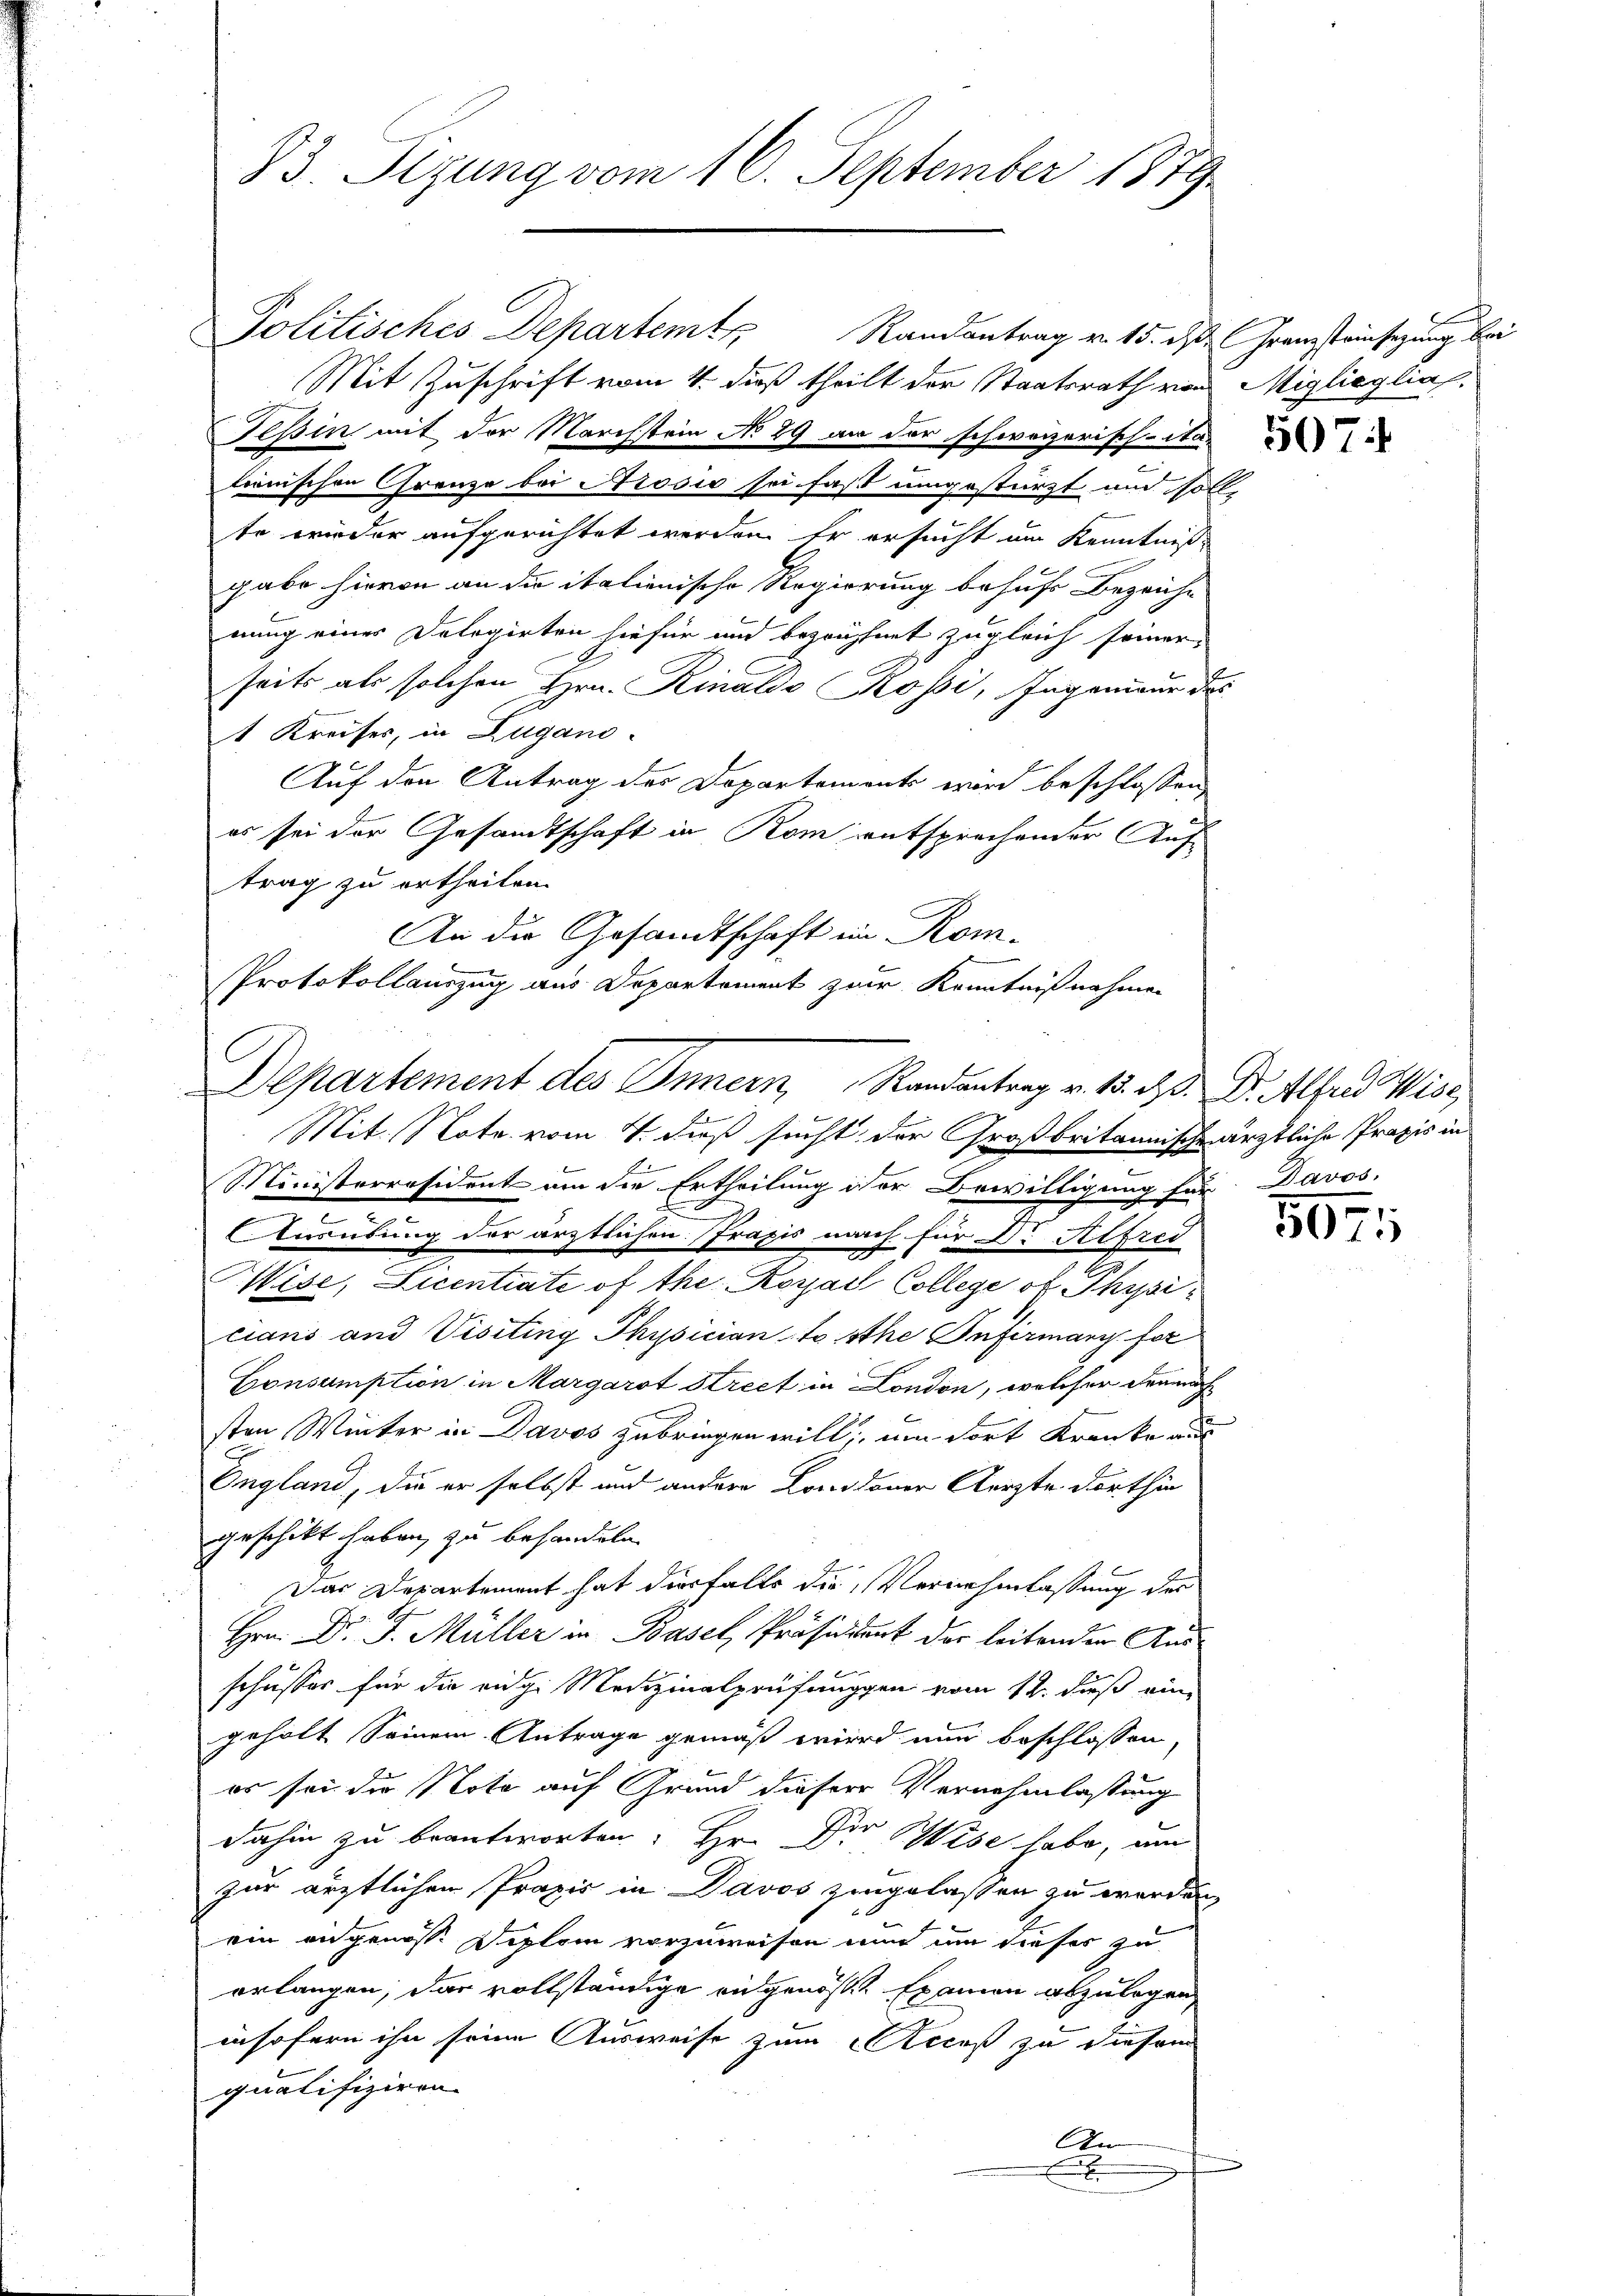
Politisches Departemt Randantrag v. 15. des Franzsteinsezung bei
Mit Zuschrift vom 4. dieß theilt der Staatsrath von Migliaglia
Tessin mit der Marchstein No 29 an der schweizerisch-Sta-
lienischen Grenze bei Arosis sei fast umgestürzt und solle
te wieder aufgerichtet werden. Er ersucht um Kenntniß
gabe hievon an die italienische Regierung behufs Bezeiche
nung einer Delegirten hiefür und bezeichnet zugleich seiner
seits als solchen Hrn. Rinaldo Kossi, Ingenieur des
 Kreises, in Lugano.
Auf den Antrag des Departement wird beschlossen,
es sei der Gesandtschaft in Rom entsprechender Auf-
trag zu ertheilen.
An die Gesandtschaft im Kom¬
Mit. Note vom 4. dieß sucht der Großbritannische ärztliche Praxis in
Ministerräsident um die Ertheilung der Bewilligung für Davos,
.
Ausübung der ärztlichen Praxis nach für Dr. Alfred
Wäse, Licentiate of the Royal College of Physi
cians und Visiting Physician, so sche Infirmany fer
Consumption in Margarst Street in London, welcher dramach
sten Winter in Davos zubringen will, um dort Kranke aus
England, die er selbst und andere Londoner Aerzte dorthin
geschickt haben, zu behandeln.
Das Departement hat diesfalls die Vernehmlassung der
Hrn. Dr. J. Müller in Basel, Präsident der leitenden Ausschusses für die eidg. Medizinalprüfungen vom 12. daß ein-
geholt seinem Antrage gemäß wird nun beschlossen
er sei die Nota auf Grund dieser Vernehmlassung
dahin zu beantworten. Hr. Der Wise habe, um
zur ärztlichen Praxis in Davos zugelassen zu werden,
ein angenosse Diplom vorzuweisen und um dieser zu
erlangen, das vollständige eingenosse Examen abzulegen
insofern ihn seine Ausweise zum Acceß zu diesem
qualifiziren.
Am
x

83. Sezung vom 16. September 1879

Protokollauszug aus Departement zur Kenntnißnahmen
Departement des Innern, Randantrag v. 15. d. Dr. Alfred Wiss

507.

507